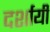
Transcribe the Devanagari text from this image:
दर्शायीं